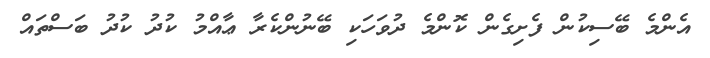
އެންމެ ބޭސިކުން ފެށިގެން ކޮންމެ ދުވަހަކި ބޭނުންކެރާ ޢާއްމު ކުދު ކުދު ބަސްތައް